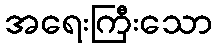
အရေးကြီးသော